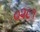
૦૨૮૧